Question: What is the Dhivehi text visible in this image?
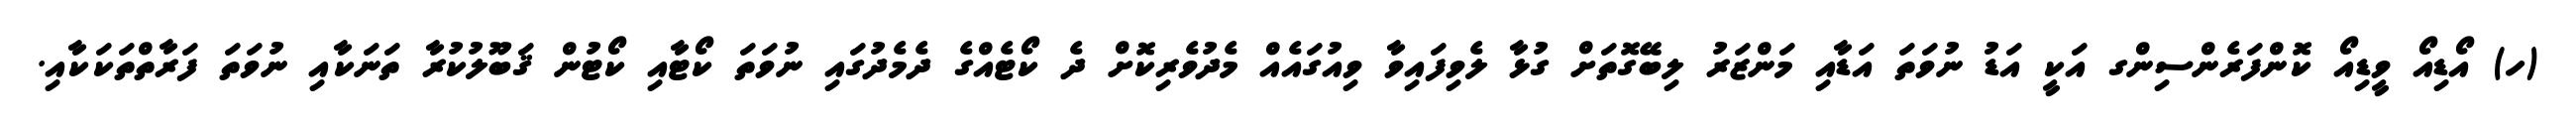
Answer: (ހ) އޯޑިއޯ ވީޑިއޯ ކޮންފަރެންސިންގ އަކީ އަޑު ނުވަތަ އަޑާއި މަންޒަރު ލިބޭގޮތަށް ގުޅާ ލެވިފައިވާ ވިއުގައެއް މެދުވެރިކޮށް ދެ ކޯޓެއްގެ ދެމެދުގައި ނުވަތަ ކޯޓާއި ކޯޓުން ޤަބޫލުކުރާ ތަނަކާއި ނުވަތަ ފަރާތްތަކަކާއި.